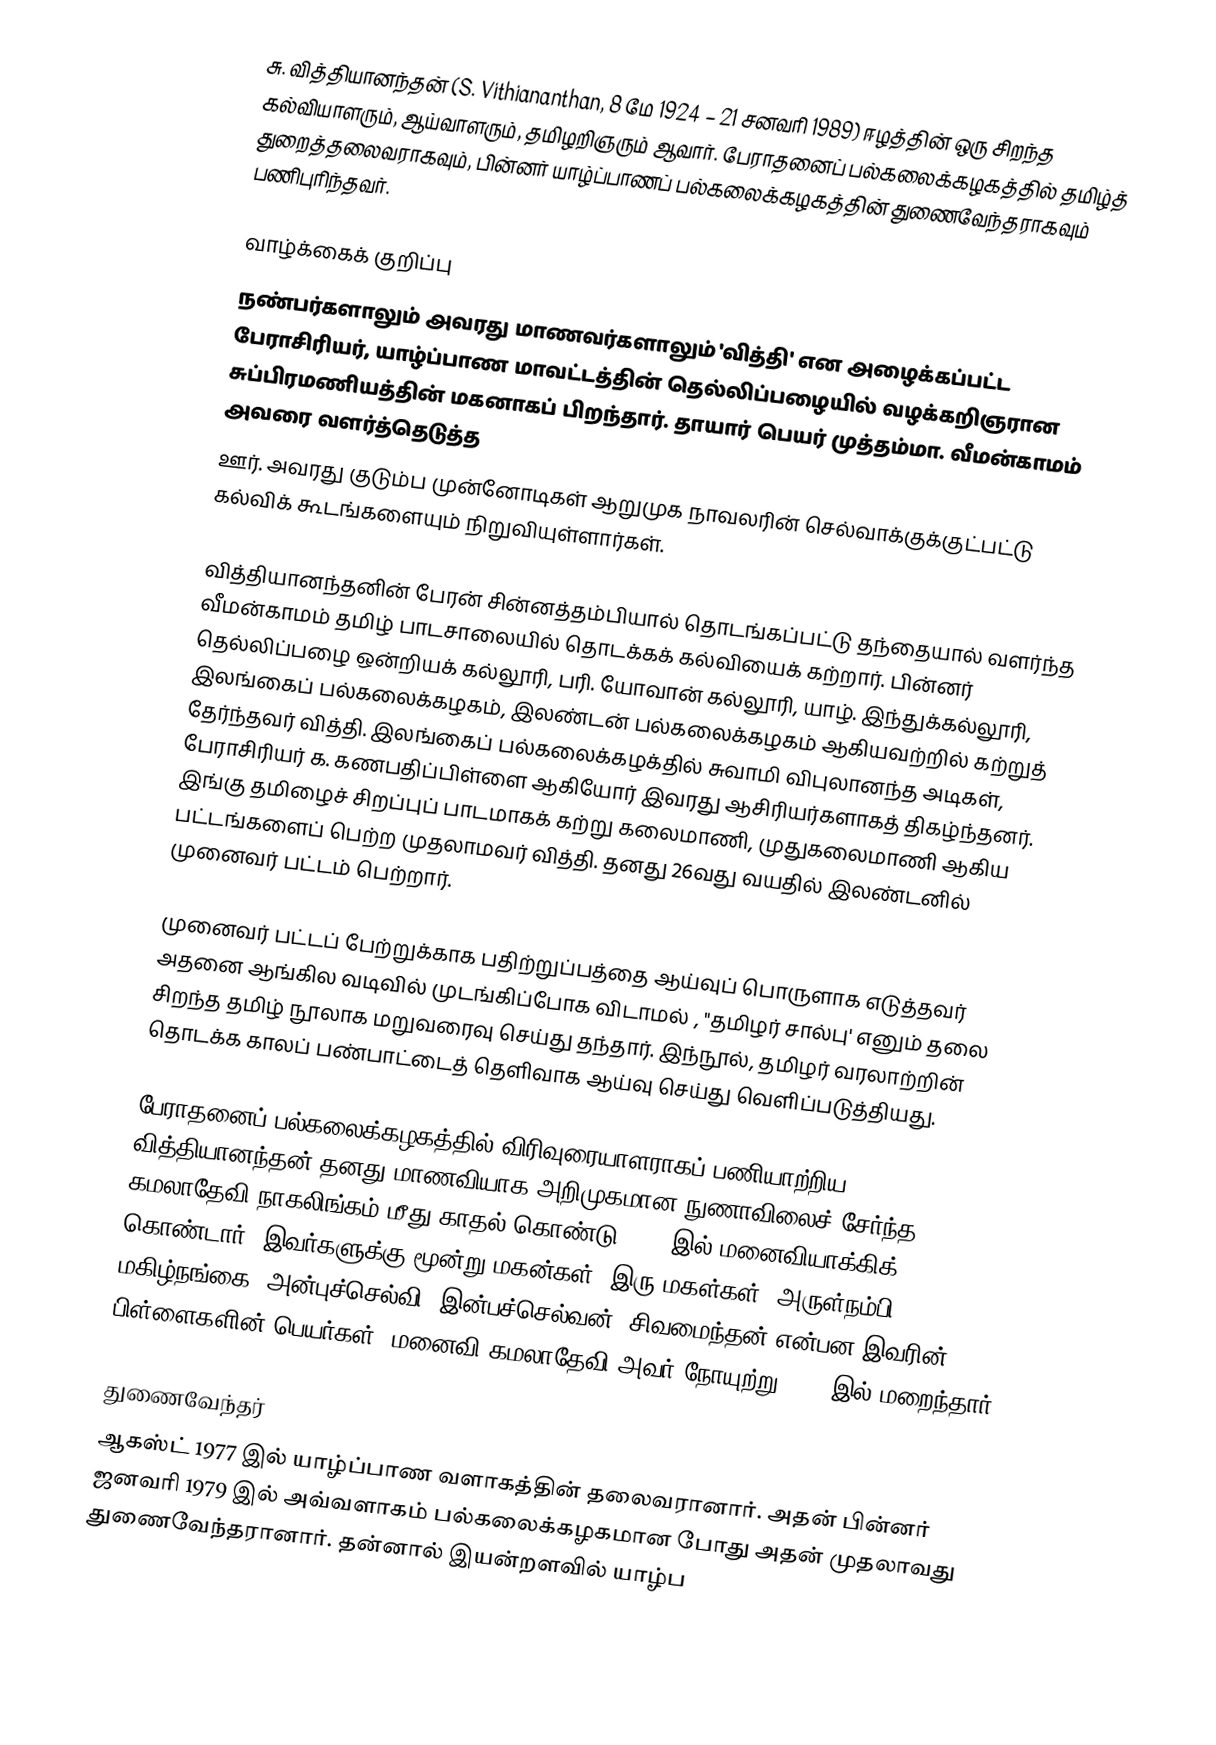
சு. வித்தியானந்தன் (S. Vithiananthan, 8 மே 1924 – 21 சனவரி 1989)  ஈழத்தின் ஒரு சிறந்த கல்வியாளரும், ஆய்வாளரும், தமிழறிஞரும் ஆவார். பேராதனைப் பல்கலைக்கழகத்தில் தமிழ்த் துறைத்தலைவராகவும், பின்னர் யாழ்ப்பாணப் பல்கலைக்கழகத்தின் துணைவேந்தராகவும் பணிபுரிந்தவர்.

வாழ்க்கைக் குறிப்பு
நண்பர்களாலும் அவரது மாணவர்களாலும் 'வித்தி' என அழைக்கப்பட்ட பேராசிரியர், யாழ்ப்பாண மாவட்டத்தின் தெல்லிப்பழையில் வழக்கறிஞரான சுப்பிரமணியத்தின் மகனாகப் பிறந்தார். தாயார் பெயர் முத்தம்மா. வீமன்காமம் அவரை வளர்த்தெடுத்த
ஊர். அவரது குடும்ப முன்னோடிகள் ஆறுமுக நாவலரின் செல்வாக்குக்குட்பட்டு கல்விக் கூடங்களையும் நிறுவியுள்ளார்கள்.

வித்தியானந்தனின் பேரன் சின்னத்தம்பியால் தொடங்கப்பட்டு தந்தையால் வளர்ந்த வீமன்காமம் தமிழ் பாடசாலையில் தொடக்கக் கல்வியைக் கற்றார். பின்னர் தெல்லிப்பழை ஒன்றியக் கல்லூரி, பரி. யோவான் கல்லூரி, யாழ். இந்துக்கல்லூரி, இலங்கைப் பல்கலைக்கழகம், இலண்டன் பல்கலைக்கழகம் ஆகியவற்றில் கற்றுத் தேர்ந்தவர் வித்தி. இலங்கைப் பல்கலைக்கழக்தில் சுவாமி விபுலானந்த அடிகள், பேராசிரியர் க. கணபதிப்பிள்ளை ஆகியோர் இவரது ஆசிரியர்களாகத் திகழ்ந்தனர். இங்கு தமிழைச் சிறப்புப் பாடமாகக் கற்று கலைமாணி, முதுகலைமாணி ஆகிய பட்டங்களைப் பெற்ற முதலாமவர் வித்தி. தனது 26வது வயதில் இலண்டனில் முனைவர் பட்டம் பெற்றார்.

முனைவர் பட்டப் பேற்றுக்காக பதிற்றுப்பத்தை ஆய்வுப் பொருளாக எடுத்தவர் அதனை ஆங்கில வடிவில் முடங்கிப்போக விடாமல் , "தமிழர் சால்பு' எனும் தலை சிறந்த தமிழ் நூலாக மறுவரைவு செய்து தந்தார். இந்நூல், தமிழர் வரலாற்றின் தொடக்க காலப் பண்பாட்டைத் தெளிவாக ஆய்வு செய்து வெளிப்படுத்தியது.

பேராதனைப் பல்கலைக்கழகத்தில் விரிவுரையாளராகப் பணியாற்றிய வித்தியானந்தன் தனது மாணவியாக அறிமுகமான நுணாவிலைச் சேர்ந்த கமலாதேவி நாகலிங்கம் மீது காதல் கொண்டு 1957 இல் மனைவியாக்கிக் கொண்டார். இவர்களுக்கு மூன்று மகன்கள், இரு மகள்கள். அருள்நம்பி, மகிழ்நங்கை, அன்புச்செல்வி, இன்பச்செல்வன், சிவமைந்தன் என்பன இவரின் பிள்ளைகளின் பெயர்கள். மனைவி கமலாதேவி அவர் நோயுற்று 1977 இல் மறைந்தார்.

துணைவேந்தர்
ஆகஸ்ட் 1977 இல் யாழ்ப்பாண வளாகத்தின் தலைவரானார். அதன் பின்னர் ஜனவரி 1979 இல் அவ்வளாகம் பல்கலைக்கழகமான போது அதன் முதலாவது துணைவேந்தரானார். தன்னால் இயன்றளவில் யாழ்ப